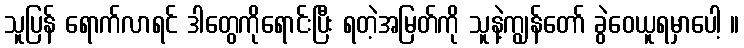
သူပြန် ရောက်လာရင် ဒါတွေကိုရောင်းပြီး ရတဲ့အမြတ်ကို သူနဲ့ကျွန်တော် ခွဲဝေယူရမှာပေါ့ ။